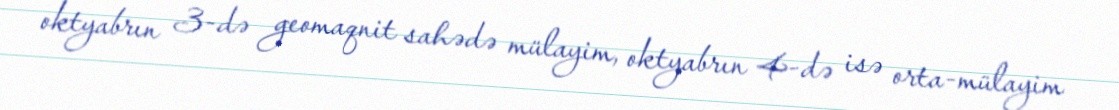
oktyabrın 3-də geomaqnit sahədə mülayim, oktyabrın 4-də isə orta-mülayim